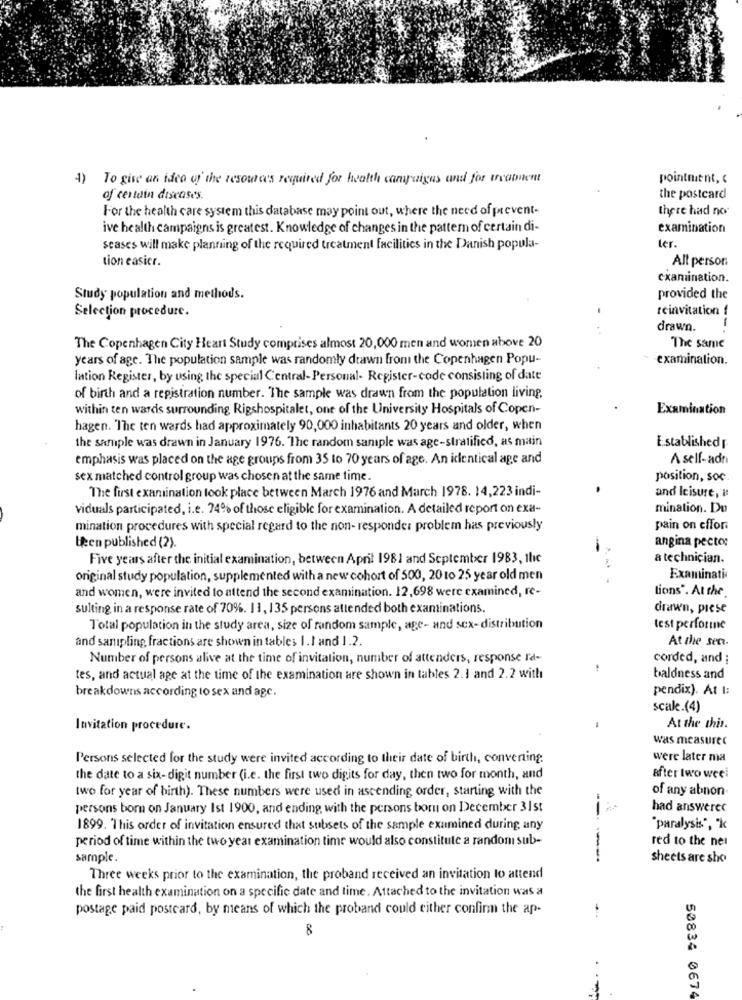
1)
To give an idea of the resources required for health campaigns and for trvannent
pointment, ‹
of certain diseases.
the postcard
For the health care system this database may point out, where the need of prevent-
there had no
ive health campaigns is greatest. Knowledge of changes in the pattern of certain di-
examination
scases will make planning of the required treatment facilities in the Danish popula-
ter.
tion easier.
All person
examination.
Study population and methods.
provided the
Selection procedure.
reinvitation f
drawn.
The Copenhagen City Heart Study comprises almost 20,000 men and women above 20
The same
years of age. The population sample was randomly drawn from the Copenhagen Popu-
examination.
lation Register, by using the special Central- Personal- Register-code consisting of date
of birth and a registration number. The sample was drawn from the population living.
within ten wards surrounding Rigshospitalet, one of the University Hospitals of Copen-
Examination
hagen. The ten wards had approximately 90,000 inhabitants 20 years and older, when
the sample was drawn in January 1976. The random sample was age-stratified, as main
Established
emphasis was placed on the age groups from 35 to 70 years of age. An identical age and
A self-adni
sex matched control group was chosen at the same time.
position, soc.
The first examination took place between March 1976 and March 1978. 14,223 indi-
and Icisure, #
viduals participated, i.e. 74% of those eligible for examination. A detailed report on exa-
mination. Du
mination procedures with special regard to the non- responder problem has previously
pain on effor.
angina pector
been published (2).
Five years after the initial examination, between April 1981 and September 1983, the
a technician.
original study population, supplemented with a new cohort of 500, 20 to 25 year old men
Examinati
and women, were invited to attend the second examination. 12,698 were examined, re-
tions". At the
sulting in a response rate of 70%. 11, 135 persons attended both examinations.
drawn, prese
Total population in the study area, size of random sample, age- and sex- distribution
test performe
and sanipling fractions are shown in tables I.I and 1.2.
At the sen.
Number of persons alive at the time of invitation, number of attenders, response I'd-
corded, and ;
tes, and actual age at the time of the examination are shown in tables 2.1 and 2.2 with
baldness and
breakdowns according to sex and age.
pendix). At 1:
scale.(4)
Invitation procedure.
At the this.
was measurec
Persons selected for the study were invited according to their date of birth, converting.
were later ma
after two weel
the date to a six-digit number (i.e. the first two digits for day, then two for month, and
two for year of birth). These numbers were used in ascending order, starting with the
of any abnon
persons born on January Ist 1900, and ending with the persons boru on December 31st
had answerec
1899. This order of invitation ensured that subsets of the sample examined during any
paralysis", "k
period of time within the two year examination time would also constitute a randon sub-
red to the ner
sample.
sheets are sho
Three weeks prior to the examination, the proband received an invitation to attend
the first health examination on a specific date and time. Attached to the invitation was a
postage paid postcard, by means of which the proband could either confinn the ap-
8
50834 0674